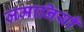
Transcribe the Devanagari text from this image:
जमानियाँ